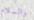
والسلام